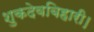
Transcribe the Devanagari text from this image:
शुकदेवबिहारी।